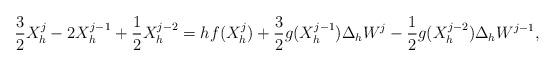
LaTeX: \begin{align*} \frac{3}{2} X_h^{j} - 2 X_h^{j-1} + \frac{1}{2} X_h^{j-2} = h f(X_h^j) + \frac{3}{2} g( X_h^{j-1} ) \Delta_h W^j - \frac{1}{2} g(X_h^{j-2} ) \Delta_h W^{j-1},\end{align*}